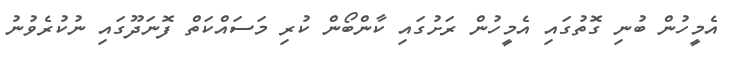
އެމީހުން ބުނި ގޮތުގައި އެމީހުން ރަށުގައި ކާންބޯން ކުރި މަސައްކަތް ފޮނަދޫގައި ނުކުރެވުނު